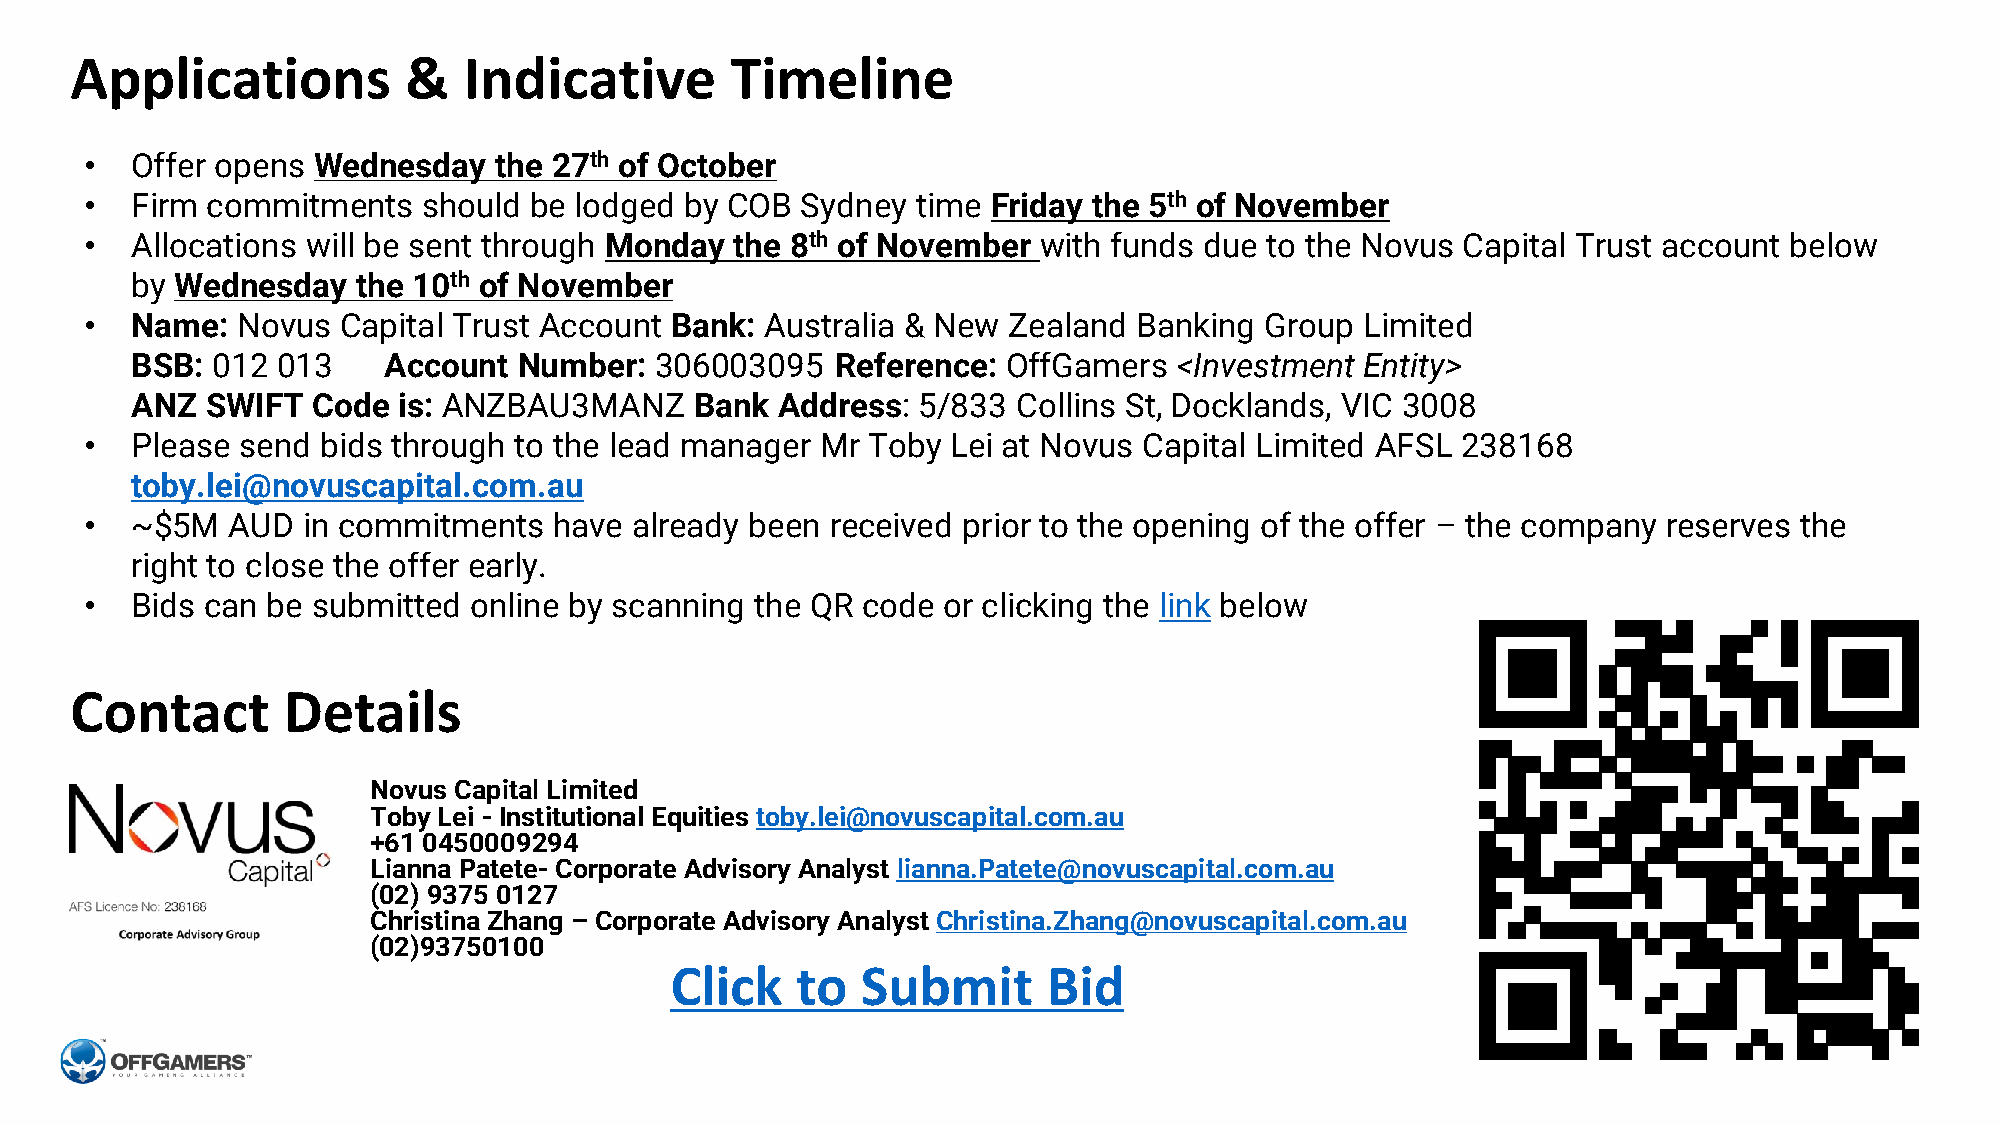
Applications          &   Indicative       Timeline
 •  Offer opens Wednesday   the 27th of October
 •  Firm commitments   should be lodged by COB  Sydney  time Friday the 5th of November
 •  Allocations will be sent through Monday the 8th of November with funds due to the Novus Capital Trust account below
 by Wednesday   the 10th of November
 •  Name:  Novus  Capital Trust Account Bank: Australia & New Zealand Banking  Group Limited
 BSB: 012 013    Account  Number:  306003095   Reference:  OffGamers  <Investment Entity>
 ANZ  SWIFT  Code is: ANZBAU3MANZ     Bank Address:  5/833 Collins St, Docklands, VIC 3008
 •  Please send bids through to the lead manager Mr Toby  Lei at Novus Capital Limited AFSL 238168
 toby.lei@novuscapital.com.au
 •  ~$5M  AUD  in commitments   have already been received prior to the opening of the offer – the company reserves the
 right to close the offer early.
 •  Bids can be submitted online by scanning the QR code or clicking the link below
 Contact       Details
 Novus Capital Limited
 Toby Lei - Institutional Equities toby.lei@novuscapital.com.au
 +61 0450009294
 Lianna Patete- Corporate Advisory Analyst lianna.Patete@novuscapital.com.au
 (02) 9375 0127
 Christina Zhang – Corporate Advisory Analyst Christina.Zhang@novuscapital.com.au
 (02)93750100
 Click    to  Submit      Bid